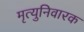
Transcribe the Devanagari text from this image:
मृत्युनिवारक